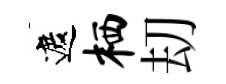
遮栖刧